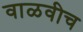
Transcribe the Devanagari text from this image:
वाळवीच